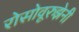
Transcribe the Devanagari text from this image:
रोसोवूरुझेनी